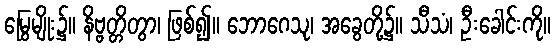
မြွေမျိုး၌။ နိဗ္ဗတ္တိတွာ၊ ဖြစ်၍။ ဘောဂေသု၊ အခွေတို့၌။ သီသံ၊ ဦးခေါင်းကို။